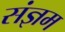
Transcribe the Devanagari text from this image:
संज्ञम